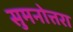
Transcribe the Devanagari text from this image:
सुमनोत्तरा